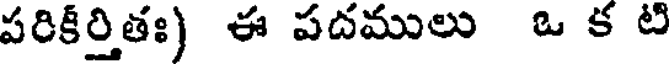
పరికీర్తితః) ఈ పదములు ఒ క టి